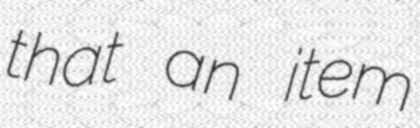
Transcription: that an item